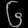
Digit: ၆